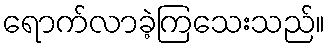
ရောက်လာခဲ့ကြသေးသည်။